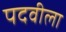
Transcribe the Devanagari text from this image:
पदवीला